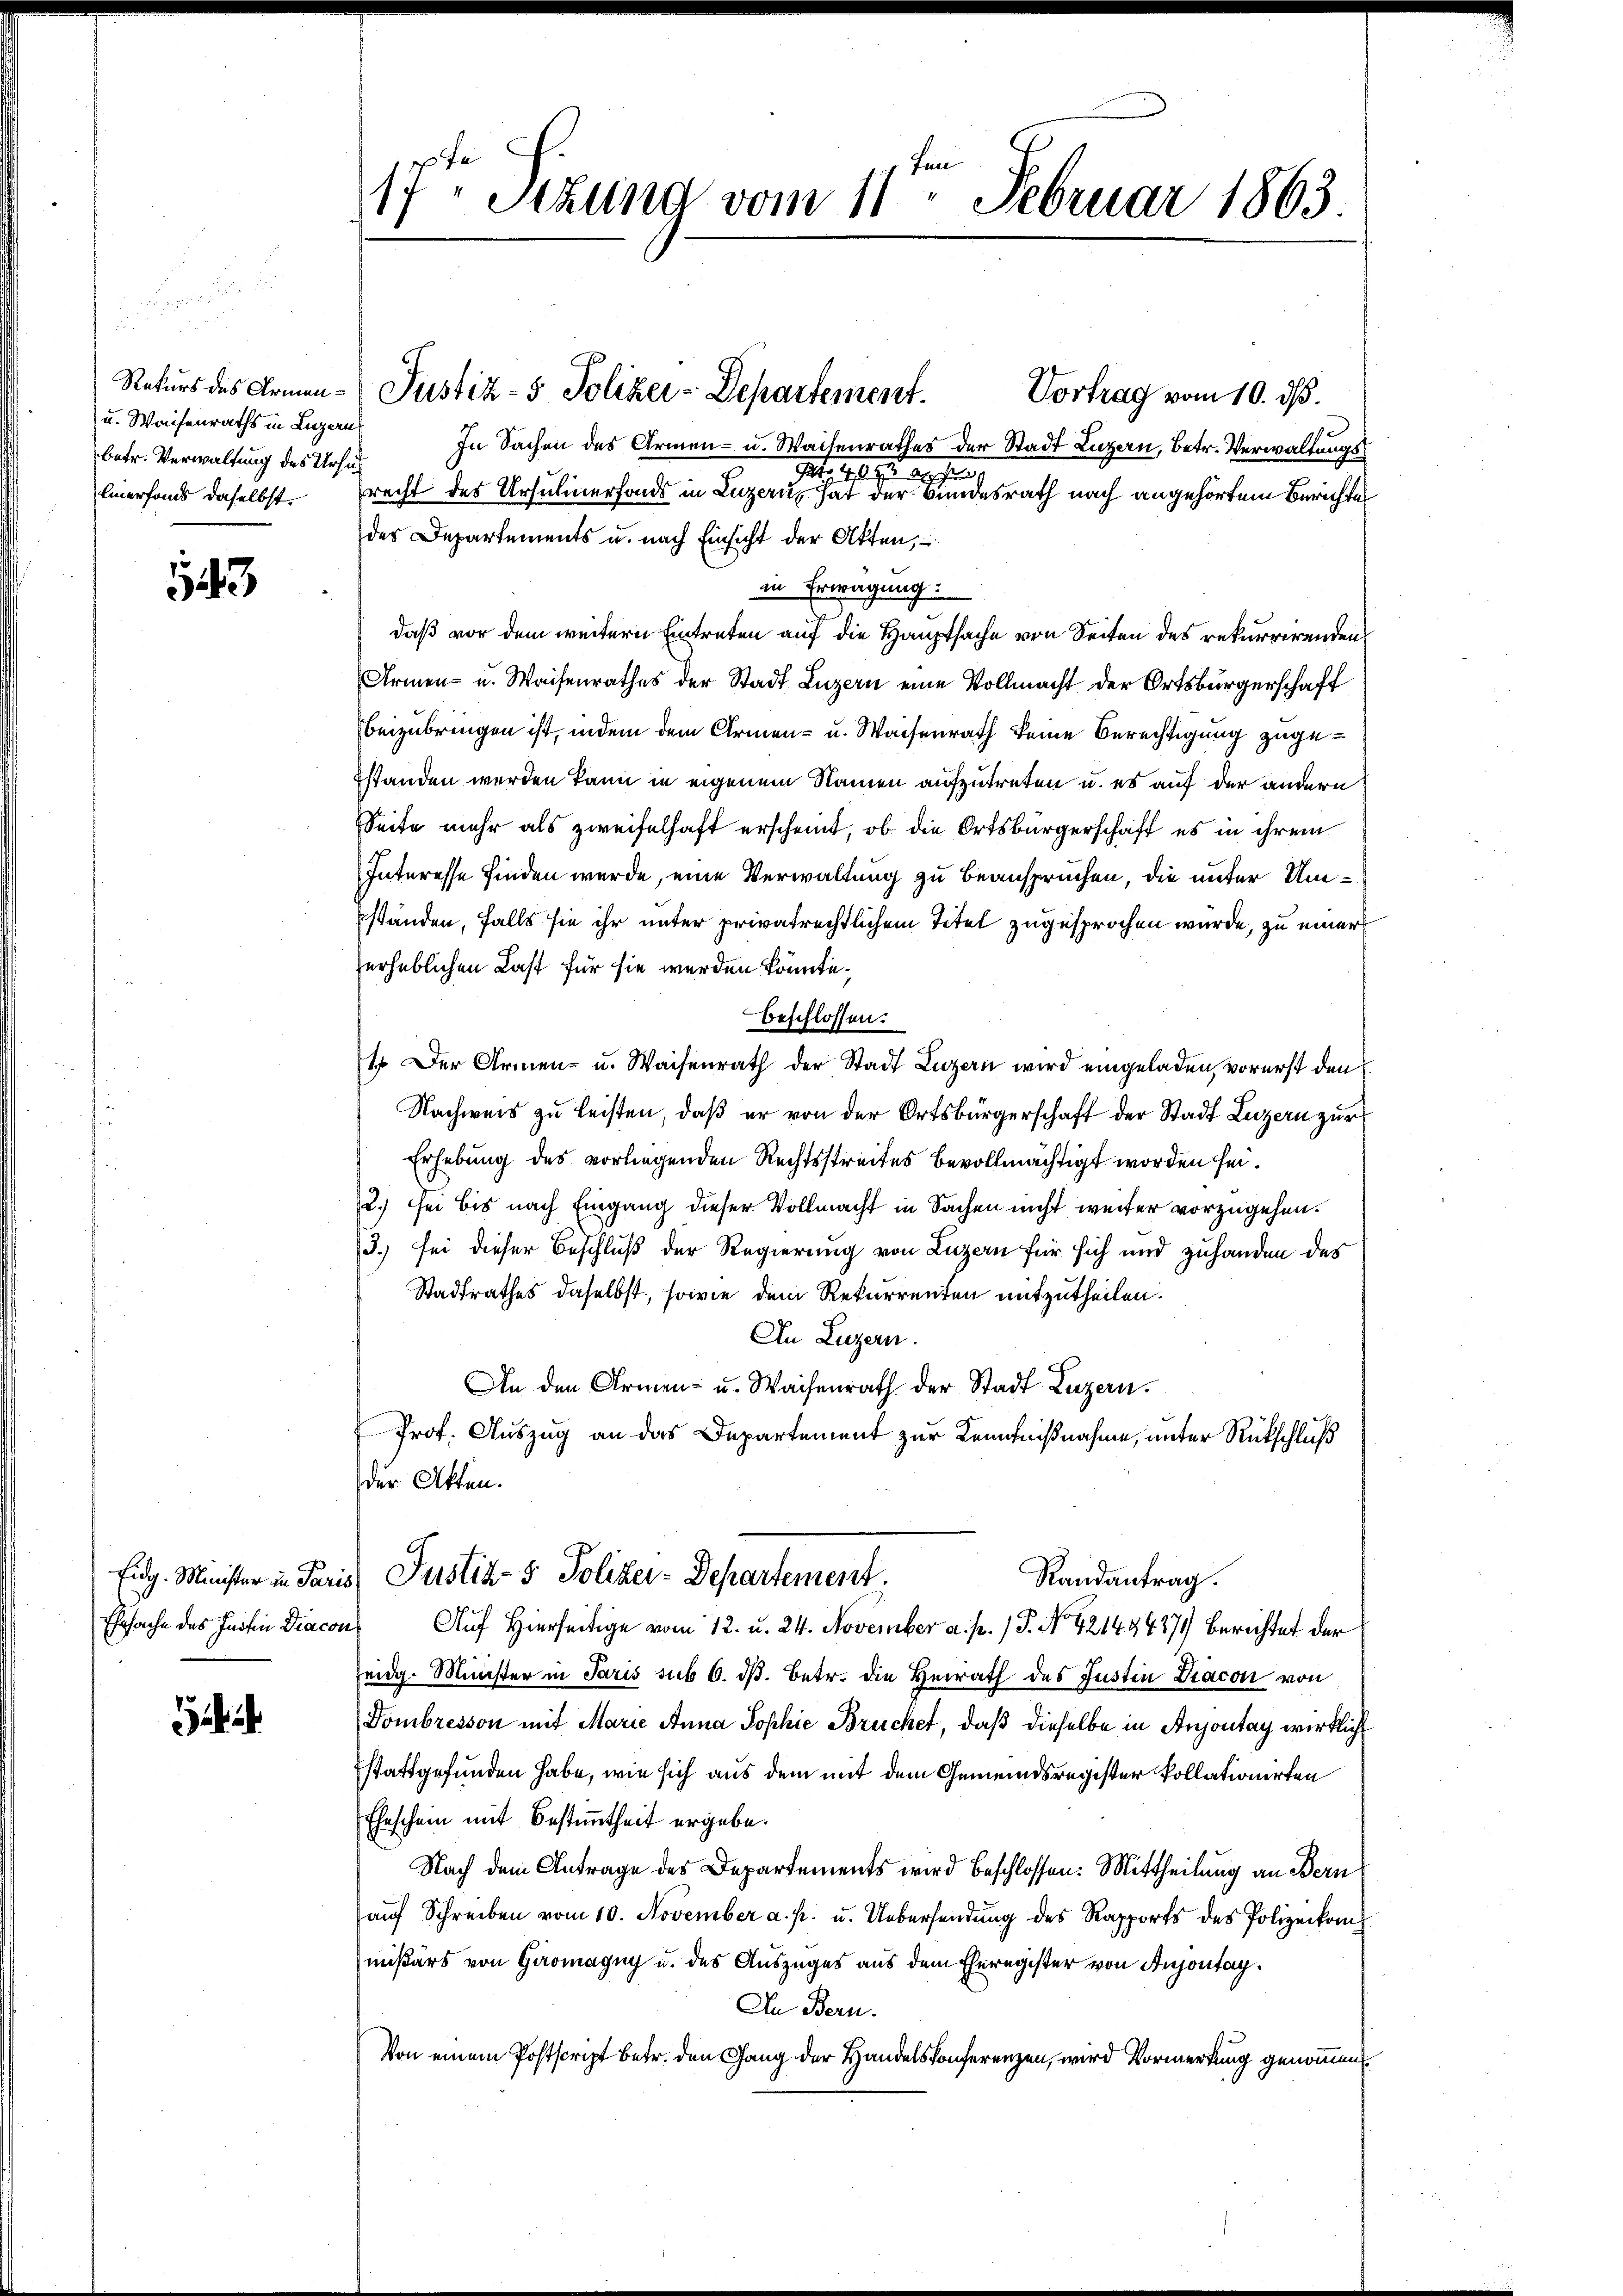
u. Waisenraths in Luzerns
betr. Verwaltung des Ursuch
Einersams daselbst.

143

Rekurs des Armen- Justiz- & Polizei-Departement.
Vortrag vom 10. d.
In Sachen des Armen- u. Waisenrathes der Stadt Luzern, betr. Verwaltungsdato il l. 10. Jan.
recht des Ursulinerfonds in Luzern, hat der Bundesrath nach angehörtem Berichtes
des Departements u. nach Einsicht der Akten,
in Erwägung:
daß vor dem weitern Eintreten auf die Hauptsache von Seiten des rekurrirendens
Armen- u. Waisenrathes der Stadt Luzern eine Vollmacht der Ortsbürgerschaft
beizubringen ist, indem dem Armen- u. Waisenrath keine Berechtigung zugestanden werden kann in eigenem Namen aufzutreten u. es auf der andern
Seite mehr als zweifelhaft erscheint, ob die Ortsbürgerschaft es in ihrem
Interesse finden wurde, eine Verwaltung zu beanspruchen, die unter Umständen, falls sie ihr unter privatrechtlichem Titel zugesprochen wurde, zu einer
erheblichen Last für sie werden könnte.
beschlossen:
1. Der Armen- u. Waisenrath der Stadt Luzern wird eingeladen, vorerst den
Nachweis zu leisten, daß er von der Ortsbürgerschaft der Stadt Luzern zur
Erhebung des vorliegenden Rechtsstreites bevollmächtigt worden sei.
2.) er bis nach Eingang dieser Vollmacht in Sachen nicht weiter vorzugehen.
3.) sei dieser Beschluß der Regierung von Luzern für sich und zuhanden des
Stadtrathes daselbst, sowie dem Rekurrenten mitzutheilen.
An Luzern.
An den Armen- u. Waisenrath der Stadt Luzern.
Prof. Auszug an das Departement zur Kenntnißnahme, unter Rückschluß
der Akten.
Eidg. Minister in Paris Justiz- & Polizei-Departement.
Randantrag.
Auf Hierseitige vom 12. u. 24. November a. p. 1 S. No 42143437) berichtet der
eidg. Minister in Paris sub 6. dß. Betr. die Heirath des Justin Diacon von
Dombresson mit Marie Anna Sophie Bruchet, daß dieselbe in Anjontag wirklich
stattgefunden habe, wie sich aus dem mit dem Gemeindsregister Pollationirten
Eheschein mit Bestimmtheit ergebe.
Nach dem Antrage des Departements wird beschlossen: Mittheilung an Bern
auf Schreiben vom 10. November a. p. u. Uebersendung des Rapports des Polizeikom
mißärs von Giromagny u. des Auszuges aus dem Eheregister von Anjontag.
In Bern.
Von einem Postscript betr. den Gang der Handelskonferenzen, wird Vormerkung genommen

Ehrsache des Instin Diacon

17ten Stund vom 11. Februar 1863.